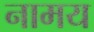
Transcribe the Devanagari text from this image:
नामय